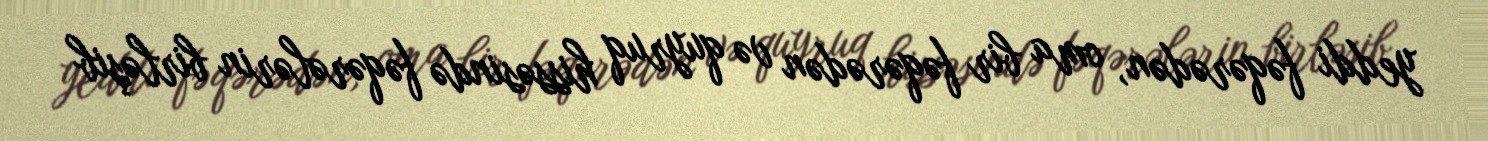
yeddi fəqərədən, oma bir fəqərədən və quyruq hissəsində fəqərələrin birləşib